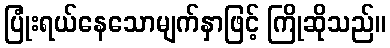
ပြုံးရယ်နေသောမျက်နှာဖြင့် ကြိုဆိုသည်။